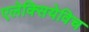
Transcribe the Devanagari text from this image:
एलेक्सियेविच